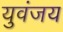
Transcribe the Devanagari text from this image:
युवंजय